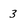
Character: 3